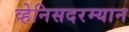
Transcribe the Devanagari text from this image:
व्हेनिसदरम्यान